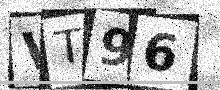
Text: VT96